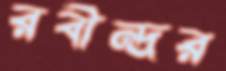
রবীন্দ্রর